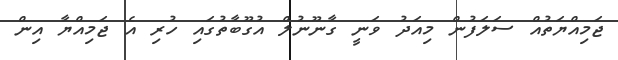
ޖަމިއްޔަތުއް ސަލަފުން މިއަދު ވަނީ ގާނޫނުލް އުގޫބާތުގައި ހުރި އެ ޖަމިއްޔާ އިން